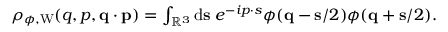
\begin{array} { r } { \rho _ { \phi , \mathrm { W } } ( q , p , \ensuremath { \mathbf { q } } \cdot \ensuremath { \mathbf { p } } ) = \int _ { \mathbb { R } ^ { 3 } } \ensuremath { \mathrm { d } } \ensuremath { \mathbf { s } } \; e ^ { - i \b { p } \cdot \b { s } } \phi ( \ensuremath { \mathbf { q } } - \ensuremath { \mathbf { s } } / 2 ) \phi ( \ensuremath { \mathbf { q } } + \ensuremath { \mathbf { s } } / 2 ) . } \end{array}